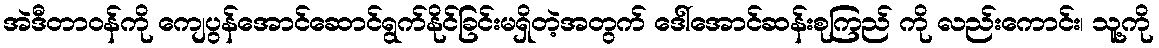
အဲဒီတာဝန်ကို ကျေပွန်အောင်ဆောင်ရွက်နိုင်ခြင်းမရှိတဲ့အတွက် ဒေါ်အောင်ဆန်းစုကြည် ကို လည်းကောင်း၊ သူ့ကို